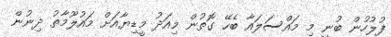
ފުލުހުން ބުނީ މި މައްސަލައާ ބެހޭ ގޮތުން މިއަދު މީޑިޔާއަށް މައުލޫމާތު ދިނުން